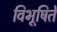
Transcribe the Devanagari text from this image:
विभूषिते